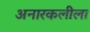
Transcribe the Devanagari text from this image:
अनारकलीला